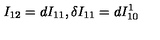
I _ { 1 2 } = d I _ { 1 1 } , \delta I _ { 1 1 } = d I _ { 1 0 } ^ { 1 }